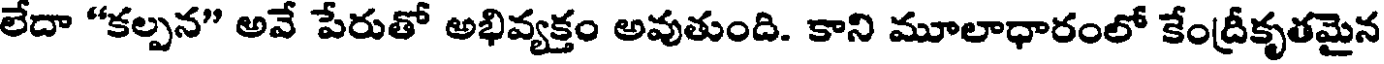
లేదా "కల్పన" అవే పేరుతో అభివ్యక్తం అవుతుంది. కాని మూలాధారంలో కేంద్రీకృతమైన